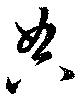
典